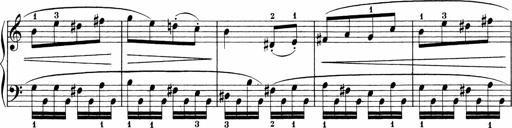
Title: Sonatinen Op.47, 98 und 136, nebst 6 Liedersonatinen
Composer: Carl Reinecke